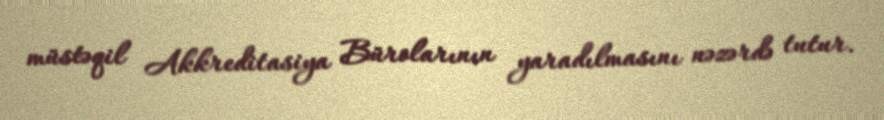
müstəqil Akkreditasiya Bürolarının yaradılmasını nəzərdə tutur.